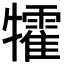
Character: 𤜅